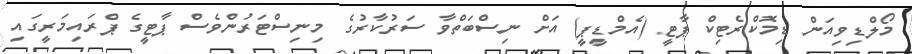
މޯލްޑިވިއަން ޑިމޮކްރެޓިކް ޕާޓީ (އެމްޑީޕީ) އަށް ނިސްބަތްވާ ސަރުކާރުގެ މިނިސްޓަރުންވެސް ޕާޓީގެ ޕްރައިމަރީގައި